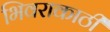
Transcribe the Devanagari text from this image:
भिवराकाठी